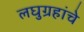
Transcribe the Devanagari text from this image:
लघुग्रहांचे